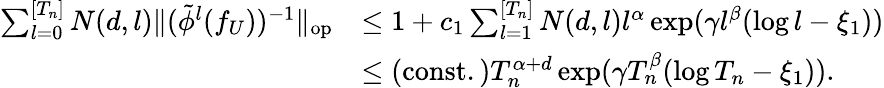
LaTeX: \begin{array}{rl}{\sum_{l=0}^{[T_{n}]}N(d,l)\| (\tilde{\phi}^{l}(f_{U}))^{-1}\| _{\mathrm{{op}}}}&{\leq 1+c_{1}\sum_{l=1}^{[T_{n}]}N(d,l)l^{\alpha}\exp(\gamma l^{\beta}(\log{l}-\xi_{1}))}\\ &{\leq\mathrm{(const.)}T_{n}^{\alpha+d}\exp(\gamma T_{n}^{\beta}(\log{T_{n}}-\xi_{1})).}\end{array}